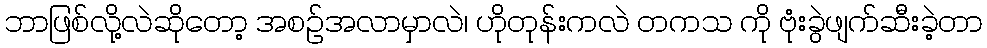
ဘာဖြစ်လို့လဲဆိုတော့ အစဉ်အလာမှာလဲ၊ ဟိုတုန်းကလဲ တကသ ကို ဗုံးခွဲဖျက်ဆီးခဲ့တာ